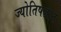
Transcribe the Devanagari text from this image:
ज्योतिषज्ञान